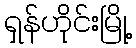
ရှန်ဟိုင်းမြို့